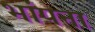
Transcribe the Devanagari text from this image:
भांपना